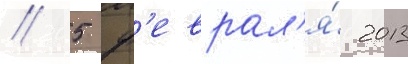
// 5 ф'еврал'я́ 2013